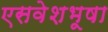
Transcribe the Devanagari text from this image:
एसवेशभूषा